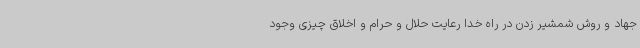
جهاد و روش شمشیر زدن در راه خدا رعایت حلال و حرام و اخلاق چیزی وجود